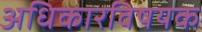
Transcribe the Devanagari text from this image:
अधिकारविषयक